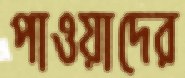
পাওয়াদের